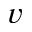
v